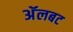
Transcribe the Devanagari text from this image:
अॅलबट